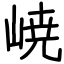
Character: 𡸳